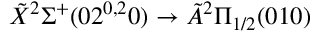
\tilde { X } { } ^ { 2 } \Sigma ^ { + } ( 0 2 ^ { 0 , 2 } 0 ) \rightarrow \tilde { A } { } ^ { 2 } \Pi _ { 1 / 2 } ( 0 1 0 )